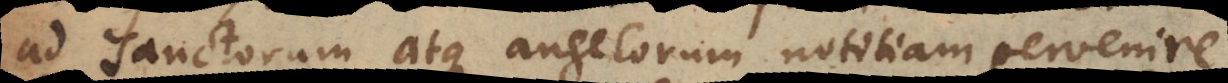
ad sanctorum atque angelorum notitiam pervenire